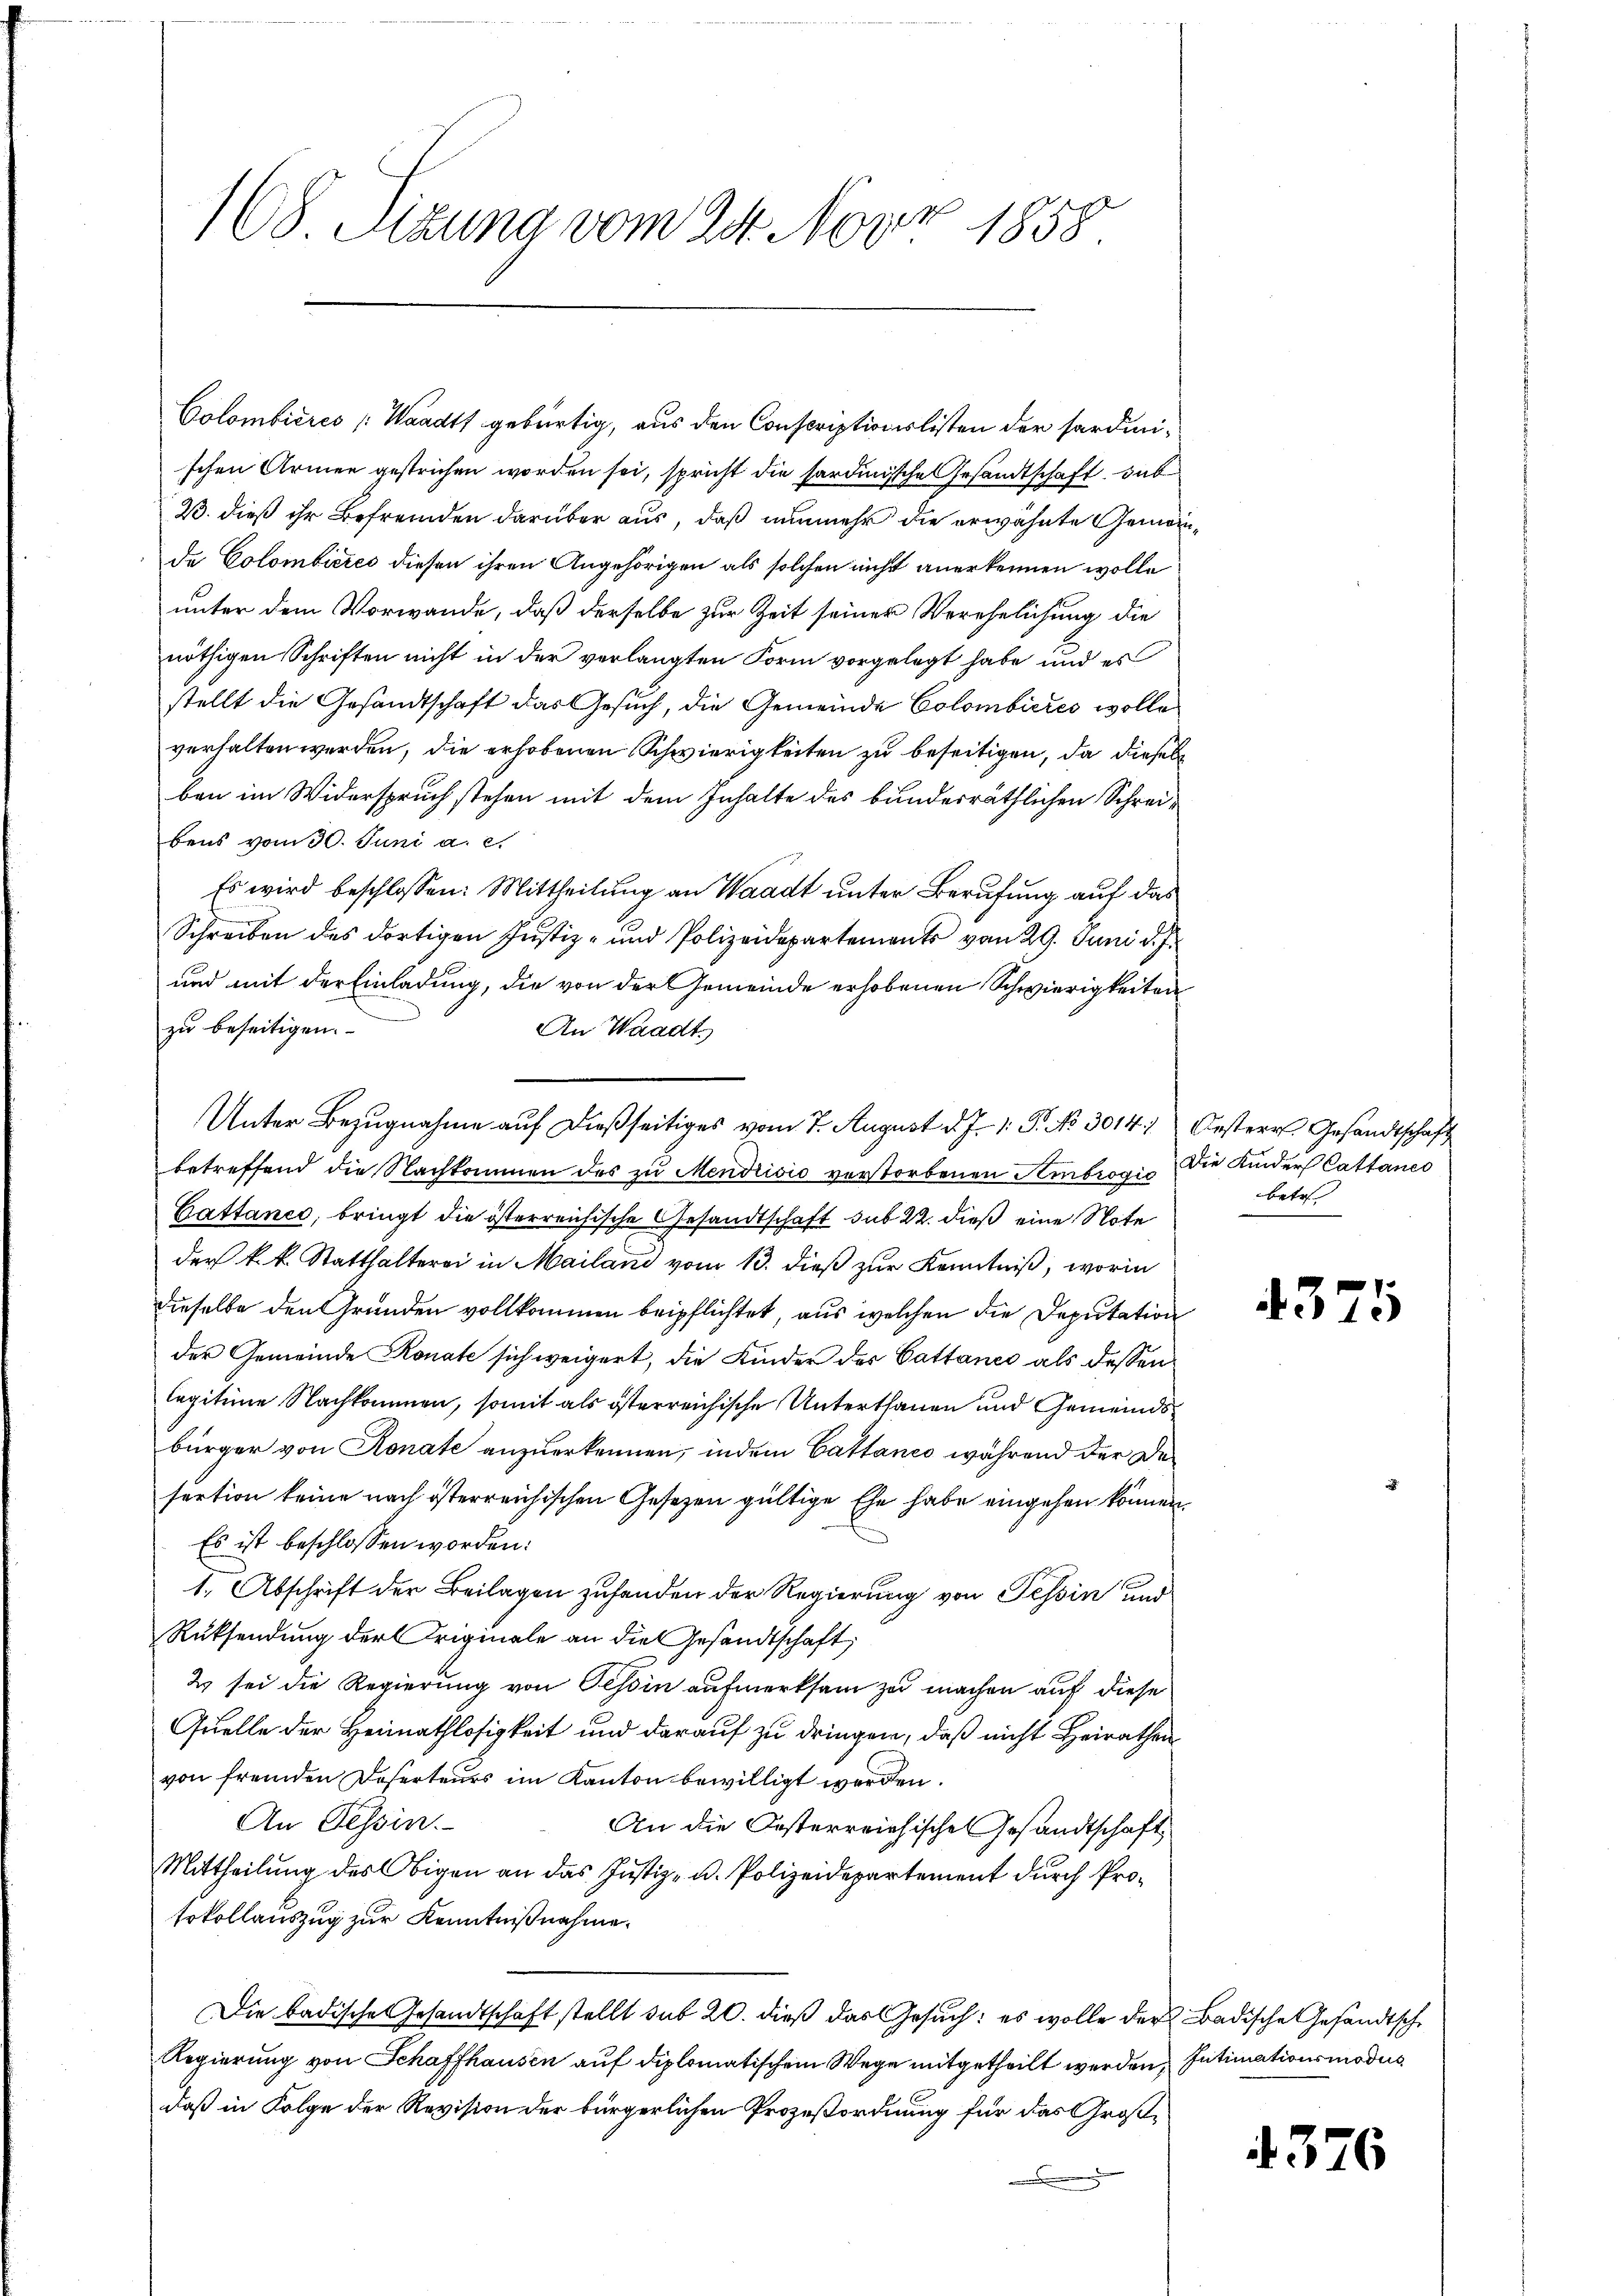
1
168. Sitzung vom 24. Nov. 1858

Colombieres Waadt gebürtig, aus den Conscriptionslisten der Sardinischen Armen gestrichen worden sei, spricht die sardinische Gesandtschaft, dab
23. dieß ihr Befremden darüber aus, daß nunmehr die erwähnte Gemeinde Colombieres diesen ihren Angehörigen als solchen nicht anerkennen wolle
unter dem Vorwande, daß derselbe zur Zeit seiner Verehelichung die
nöthigen Schriften nicht in der verlangten Form vorgelegt habe und es
stellt die Gesandtschaft das Gesuch, die Gemeinde Colombieres wolle
verhalten werden, die erhobenen Schwierigkeiten zu beseitigen, da diesel
ben im Widerspruch stehen mit dem Inhalte des bundesräthlichen Schreibens vom 30. Juni a. c.
Es wird beschlossen: Mittheilung an Waadt unter Berufung auf das
Schreiben des dortigen Justiz- und Polizeidepartements vom 29. Juni d. J.
und mit der Einladung, die von der Gemeinde erhobenen Schwierigkeiten
zu beseitigen.
An Waadt.
betreffend die Nachkommen des zu Mendrisis vorstorbenen Ambrosis die Kinder Cattanes
Cattance, bringt die österreichische Gesandtschaft sub 22. dieß eine Note
der k. k. Statthalterei in Mailand vom 13. dieß zur Kenntniß, worin
dieselbe den Grunden vollkommen beipflichtet, aus welchen die Deputation
der Gemeinde Ronate sich weigert, die Kinder des Cattanes als dessen
legitime Nachkommen, somit als österreichische Unterthanen und Gemeindsbürger von Konate anzuerkennen, indem Cattanco während der Desertion keine nach österreichischen Gesetzen gültige Ehe habe eingehen können.
Es ist beschlossen worden:
1. Abschrift der Beilagen zufanden der Regierung von Tessin und
Rücksendung der Originale an die Gesandtschaft,
2 sei die Regierung von Tessin aufmerksam zu machen auf diese
Quelle der Heimathlosigkeit und darauf zu dringen, daß nicht Heirathen
von fremden Deserteurs im Kanton bewilligt werden.
An Tessin.
An die Oesterreichische Gesandtschaft,
Mittheilung des Obigen an das Justiz- u. Polizeidepartement durch Pro¬
Erkollauszug zur Kenntnißnahme.
Die badische Gesandtschaft stellt sub 20. dieß das Gesuch: es wolle der Badische Gesandtsche
Regierung von Schaffhausen auf diplomatischem Wege mitgetheilt werden, Intimationsmodus
daß in Folge der Revision der bürgerlichen Prozeßordnung für das Groß¬

Unter Bezugnahme auf dießseitiges vom 7. August d. J. 1. P. No 3014. Oester Gesandtschaft

betr

4375

4376